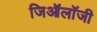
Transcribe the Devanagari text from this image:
जिऑलॉजी